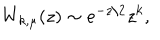
W _ { k , \mu } ( z ) \sim e ^ { - z / 2 } z ^ { k } ,